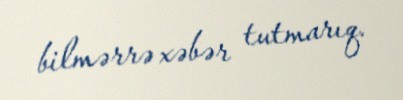
bilmərrə xəbər tutmarıq.